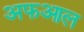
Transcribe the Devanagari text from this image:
अफआल